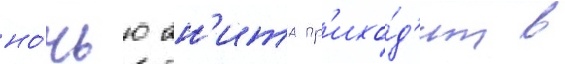
но́чью ан'ита пр'ихо́д'ит в